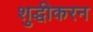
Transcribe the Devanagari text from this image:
शुद्धीकरन